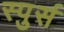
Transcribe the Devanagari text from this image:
स्पुर्स